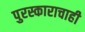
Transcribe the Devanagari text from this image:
पुरस्काराचाही